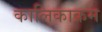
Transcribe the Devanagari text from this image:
कालिकाक्रम